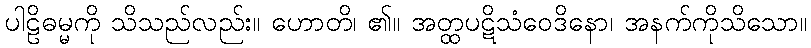
ပါဠိဓမ္မကို သိသည်လည်း။ ဟောတိ၊ ၏။ အတ္ထပဋိသံဝေဒိနော၊ အနက်ကိုသိသော။